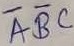
Text: ABC